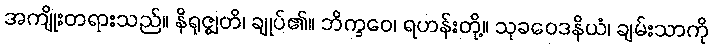
အကျိုးတရားသည်။ နိရုဇ္ဈတိ၊ ချုပ်၏။ ဘိက္ခဝေ၊ ရဟန်းတို့။ သုခဝေဒနိယံ၊ ချမ်းသာကို